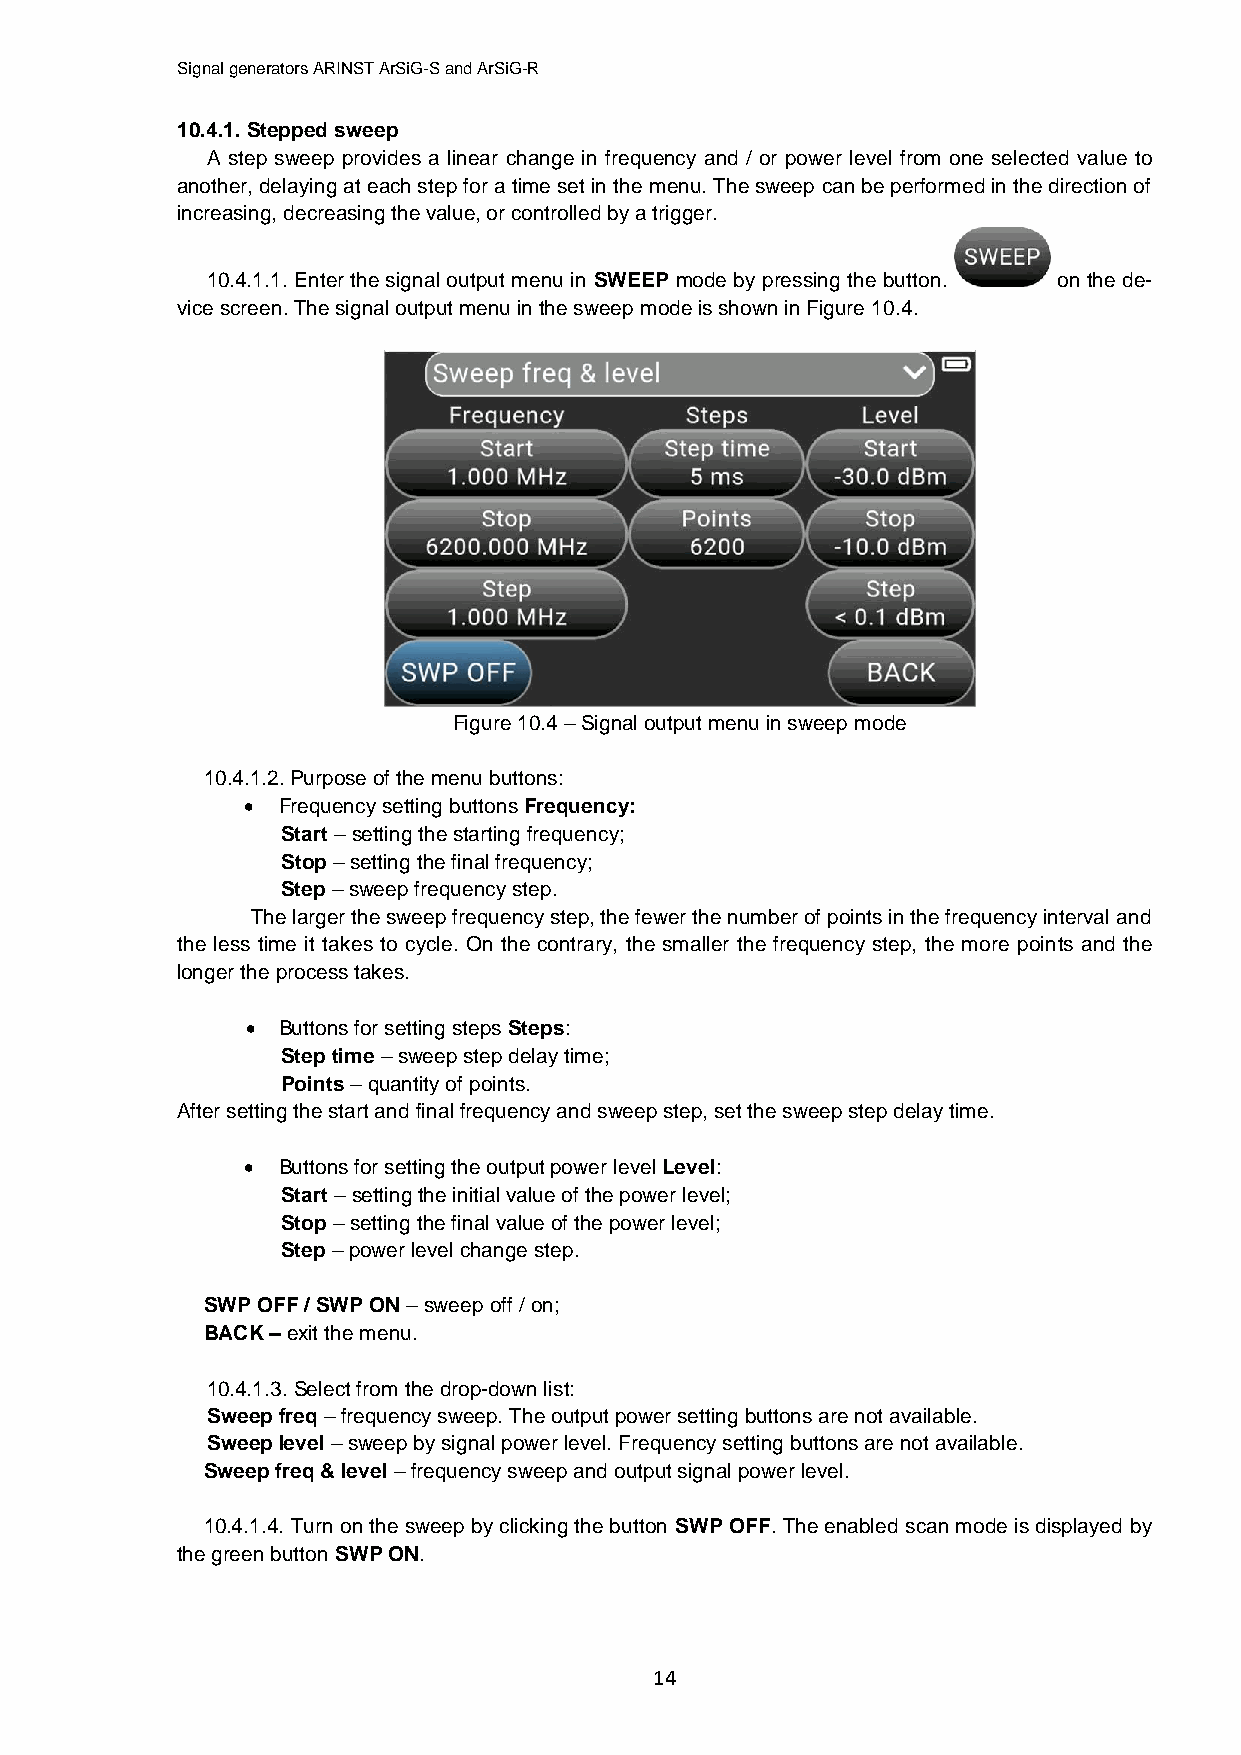
Signal generators ARINST ArSiG-S and ArSiG-R
 10.4.1. Stepped sweep
 A step sweep provides a linear change in frequency and / or power level from one selected value to
 another, delaying at each step for a time set in the menu. The sweep can be performed in the direction of
 increasing, decreasing the value, or controlled by a trigger.
 10.4.1.1. Enter the signal output menu in SWEEP mode by pressing the button. on the de-
 vice screen. The signal output menu in the sweep mode is shown in Figure 10.4.
 Figure 10.4 – Signal output menu in sweep mode
 10.4.1.2. Purpose of the menu buttons:
  Frequency setting buttons Frequency:
 Start – setting the starting frequency;
 Stop – setting the final frequency;
 Step – sweep frequency step.
 The larger the sweep frequency step, the fewer the number of points in the frequency interval and
 the less time it takes to cycle. On the contrary, the smaller the frequency step, the more points and the
 longer the process takes.
  Buttons for setting steps Steps:
 Step time – sweep step delay time;
 Points – quantity of points.
 After setting the start and final frequency and sweep step, set the sweep step delay time.
  Buttons for setting the output power level Level:
 Start – setting the initial value of the power level;
 Stop – setting the final value of the power level;
 Step – power level change step.
 SWP OFF / SWP ON – sweep off / on;
 BACK – exit the menu.
 10.4.1.3. Select from the drop-down list:
 Sweep freq – frequency sweep. The output power setting buttons are not available.
 Sweep level – sweep by signal power level. Frequency setting buttons are not available.
 Sweep freq & level – frequency sweep and output signal power level.
 10.4.1.4. Turn on the sweep by clicking the button SWP OFF. The enabled scan mode is displayed by
 the green button SWP ON.
 14